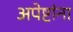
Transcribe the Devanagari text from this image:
अपेष्टांना